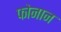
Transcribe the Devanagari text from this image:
फोनान